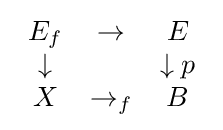
{\begin{array}{c c c}E_{f}&\rightarrow &E\\\downarrow &&\downarrow {p}\\X&\rightarrow _{f}&B\\\end{array}}